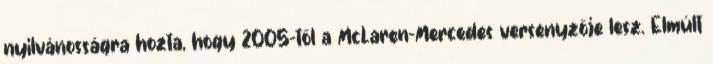
nyilvánosságra hozta, hogy 2005-től a McLaren-Mercedes versenyzője lesz. Elmúlt